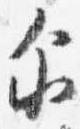
示